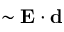
\sim { \bf E } \cdot { \bf d }